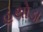
હથોડા